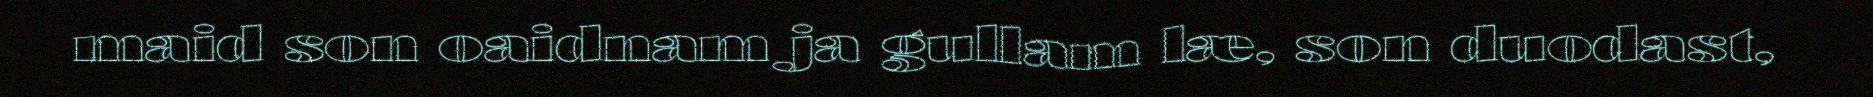
maid son oaidnam ja gullam læ, son duodast,